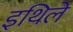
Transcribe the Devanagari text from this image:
इथिले